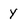
Character: Y